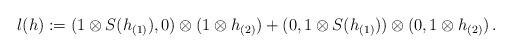
LaTeX: \begin{align*}l(h) := (1\otimes S(h_{(1)}),0)\otimes (1\otimes h_{(2)}) + (0,1\otimes S(h_{(1)}))\otimes (0,1\otimes h_{(2)}) \, . \end{align*}